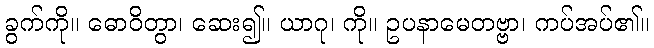
ခွက်ကို။ ဓောဝိတွာ၊ ဆေး၍။ ယာဂု၊ ကို။ ဥပနာမေတဗ္ဗာ၊ ကပ်အပ်၏။